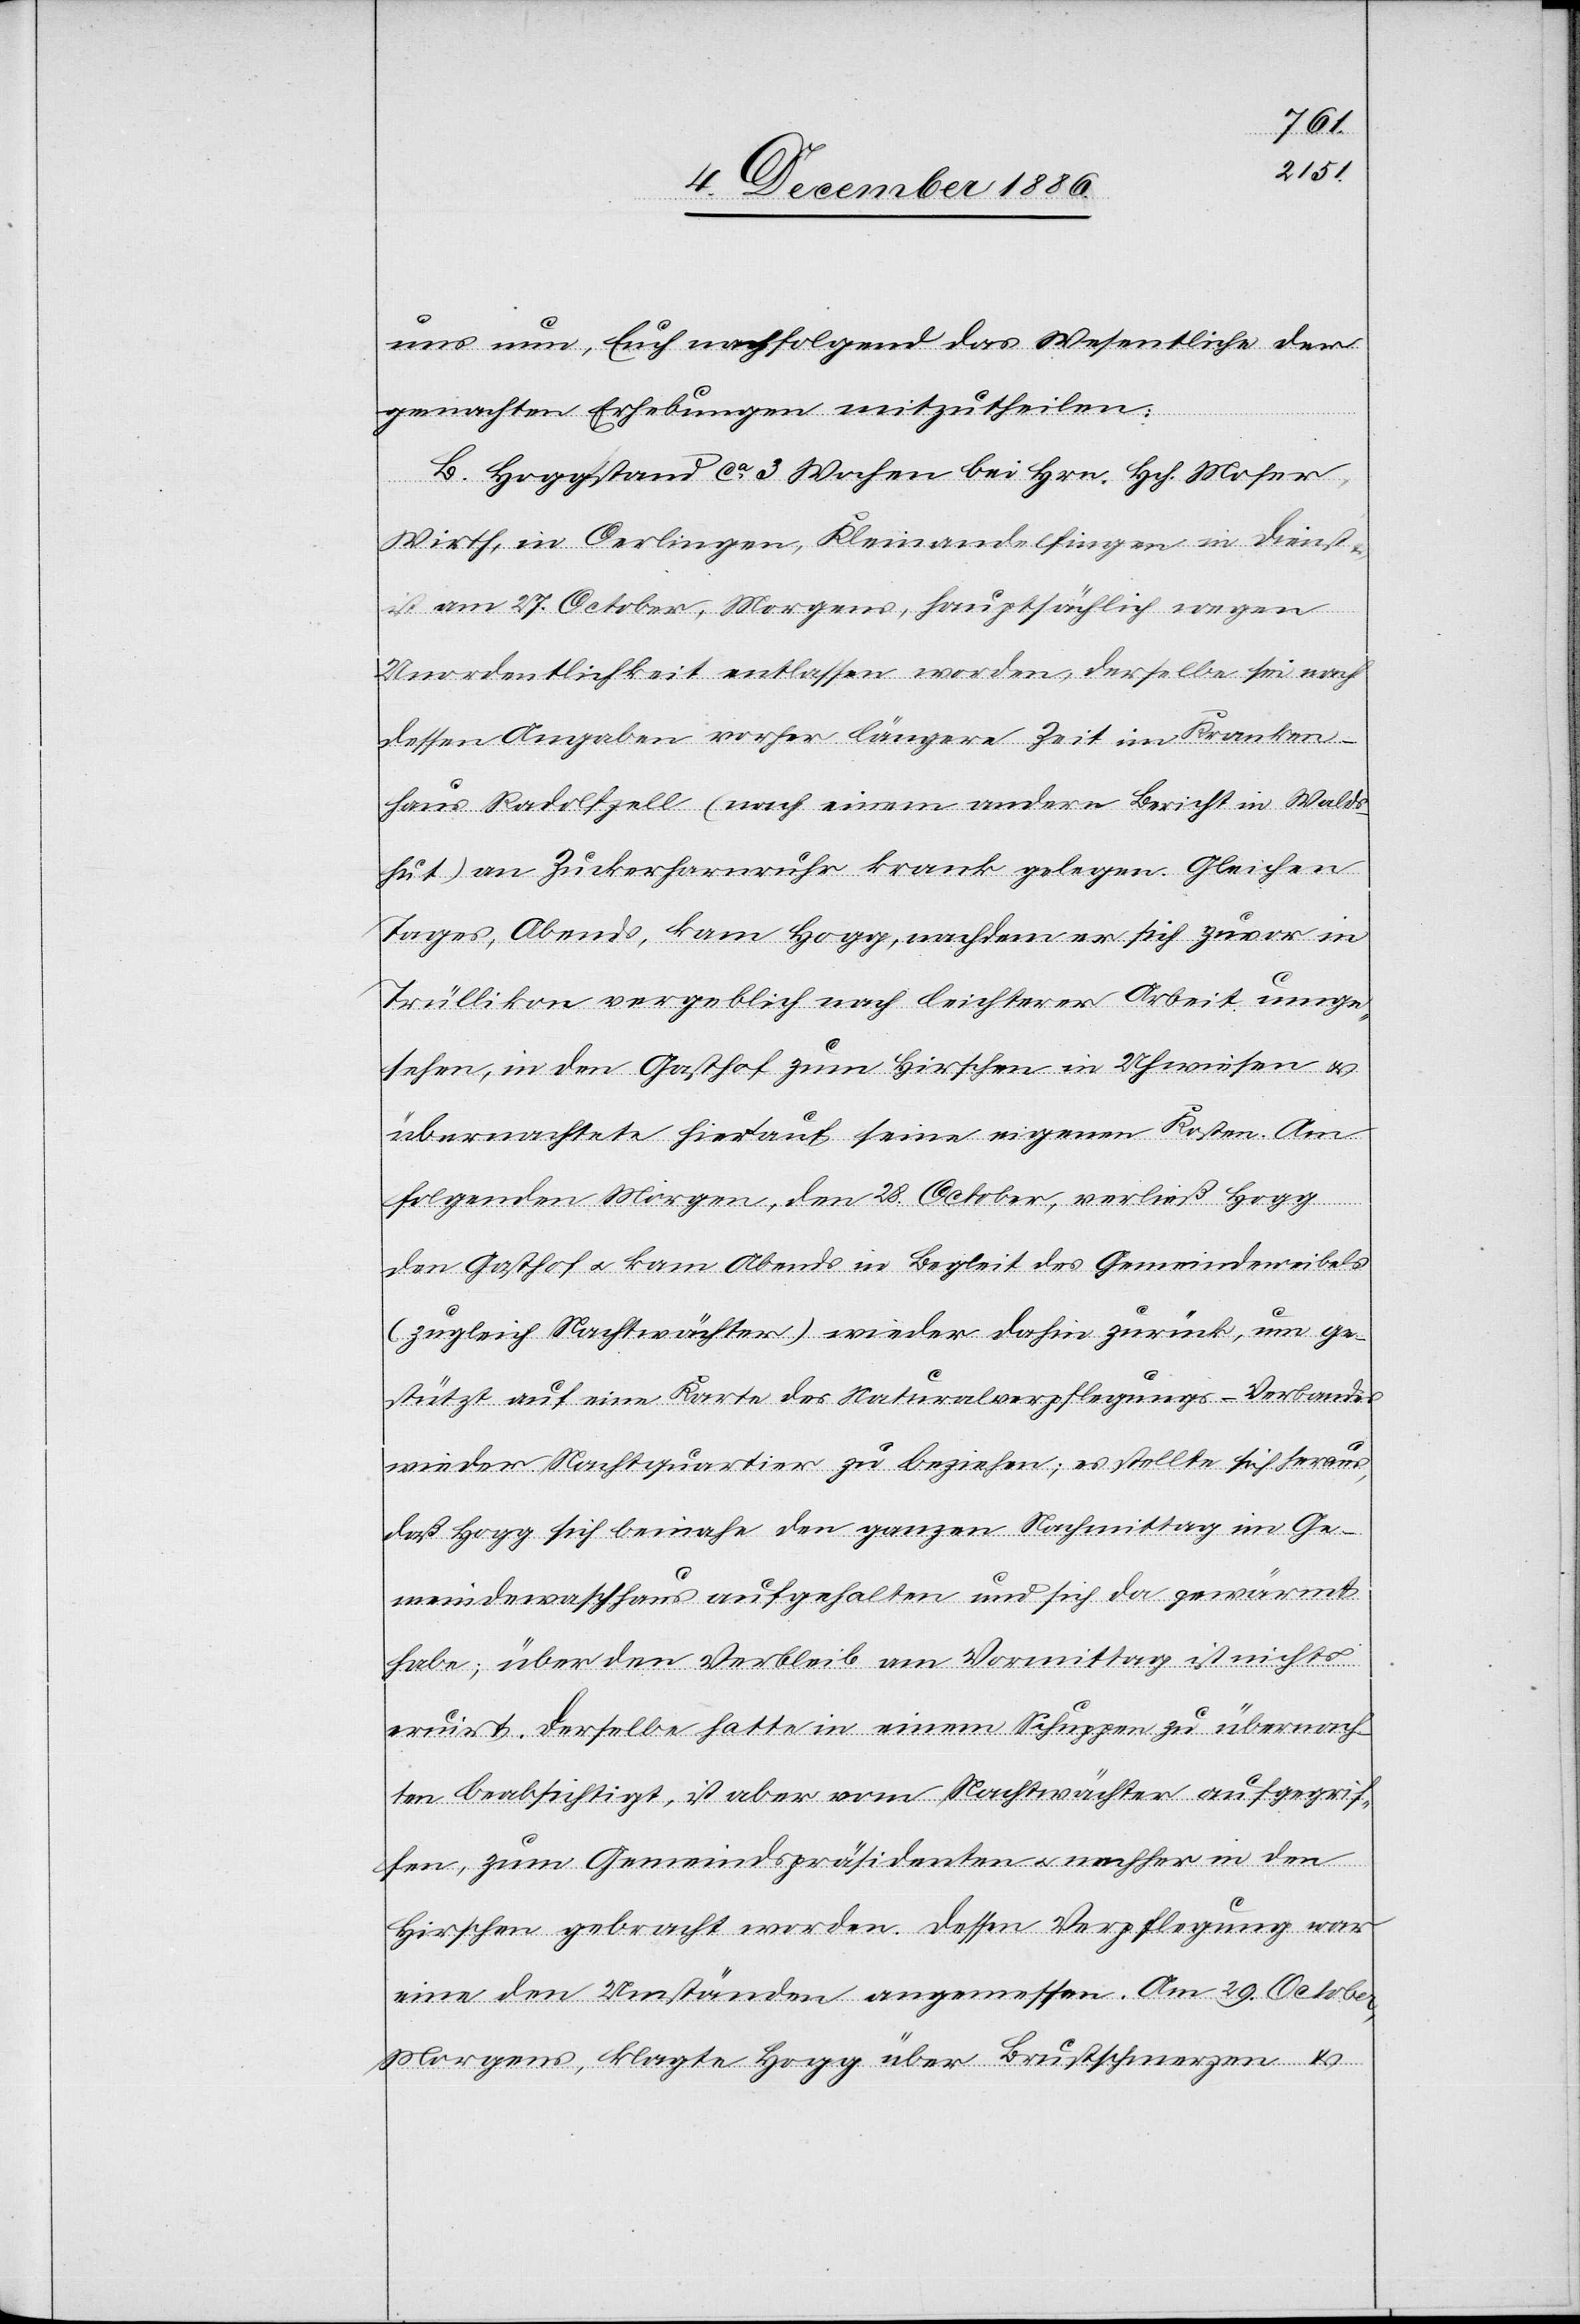
uns nun, Euch nachfolgend das Wesentliche der
gemachten Erhebungen mitzutheilen.
B. Hogg stand ca 3 Wochen bei Hrn. Hch. Moser,
Wirth, in Oerlingen, Kleinandelfingen in Dienst
ist am 27. October, Morgens, hauptsächlich wegen
Unordentlichkeit entlassen worden, derselbe sei nach
dessen Angaben vorher längere Zeit im Kranken¬
haus Radolfzell (nach einem andern Bericht in Walds¬
hut) an Zuckerharnruhr krank gelegen. Gleichen
Tages, Abends, kam Hogg, nachdem er sich zuvor in
Trüllikon vergeblich nach leichterer Arbeit umge¬
sehen, in den Gasthof zum Hirschen in Uhwiesen &
übernachtete hier auf seine eigenen Kosten. Am
folgenden Morgen, den 28. October, verließ Hogg
den Gasthof & kam Abends in Begleit des Gemeindeweibels
(zugleich Nachtwächter) wieder dahin zurück, um ge¬
stützt auf eine Karte des Naturalverpflegungs-Verbandes
wieder Nachtquartier zu beziehen; es stellte sich heraus,
daß Hogg sich beinahe den ganzen Nachmittag im Ge¬
meindewaschhaus aufgehalten und sich da gewärmt
habe; über den Verbleib am Vormittag ist nichts
eruirt. Derselbe hatte in einem Schuppen zu übernach¬
ten beabsichtigt, ist aber vom Nachtwächter aufgegrif¬
fen, zum Gemeindspräsidenten & nachher in den
Hirschen gebracht worden. Dessen Verpflegung war
eine den Umständen angemessen[e]. Am 29. October,
Morgens, klagte Hogg über Brustschmerzen &